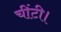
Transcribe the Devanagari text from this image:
चींटी।